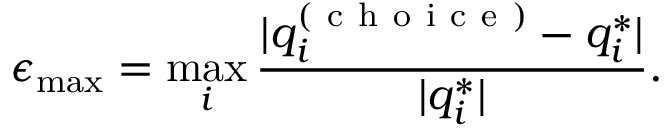
\epsilon _ { \mathrm { m a x } } = \operatorname* { m a x } _ { i } \frac { | q _ { i } ^ { ( \mathrm { ~ c ~ h ~ o ~ i ~ c ~ e ~ } ) } - q _ { i } ^ { * } | } { | q _ { i } ^ { * } | } .